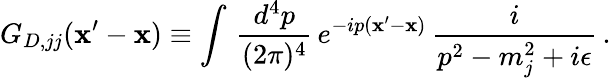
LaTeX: G_{D,jj}(\mathbf{x}^{\prime}-\mathbf{x})\equiv\int\, \frac{{d^{4}p}}{{(2\pi)^{4}}}\, e^{-ip(\mathbf{x}^{\prime}-\mathbf{x})}\, \frac{{i}}{{p^{2}-m_{j}^{2}+i\epsilon}}\, .